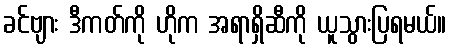
ခင်ဗျား ဒီကတ်ကို ဟိုက အရာရှိဆီကို ယူသွားပြရမယ်။